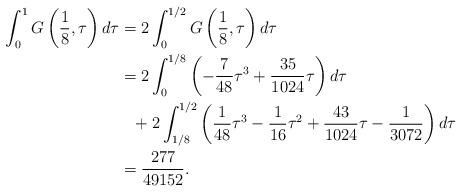
LaTeX: \begin{align*}\int^{1}_0 G\left(\frac{1}{8},\tau\right)d\tau&=2\int^{1/2}_0 G\left(\frac{1}{8},\tau\right)d\tau\\ &=2\int^{1/8}_0\left(-\frac{7}{48}\tau^3+\frac{35}{1024}\tau\right)d\tau\\&\phantom{=}+ 2\int^{1/2}_{1/8}\left(\frac{1}{48}\tau^3-\frac{1}{16}\tau^2+\frac{43}{1024}\tau-\frac{1}{3072}\right)d\tau\\&=\frac{277}{49152}.\end{align*}